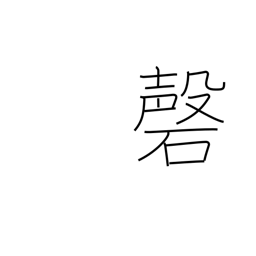
Meaning: upside-V-shaped gong